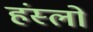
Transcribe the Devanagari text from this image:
हंस्लो